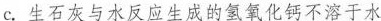
c.生石灰与水反应生成的氢氧化钙不溶于水